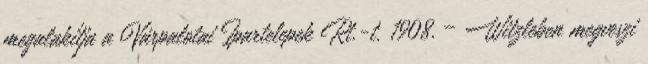
megalakítja a Várpalotai Ipartelepek Rt.-t. 1908. – Witzleben megveszi